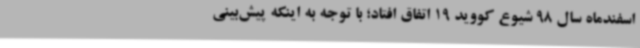
اسفندماه سال 98 شیوع کووید 19 اتفاق افتاد؛ با توجه به اینکه پیش‌بینی